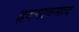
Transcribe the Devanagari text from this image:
हृदयावसाद